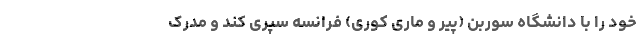
خود را با دانشگاه سوربن (پیر و ماری کوری) فرانسه سپری کند و مدرک